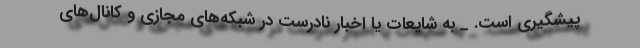
پیشگیری است. _ به شایعات یا اخبار نادرست در شبکه‌های مجازی و کانال‌های